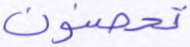
تحصنون